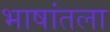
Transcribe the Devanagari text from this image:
भाषांतला